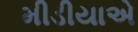
મીડીયાએ